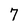
Character: 7